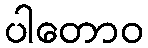
ပါတောဝ